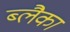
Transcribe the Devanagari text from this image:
ब्लैका